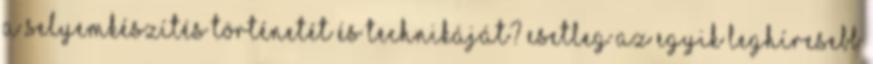
a selyemkészítés történetét és technikáját? Esetleg az egyik leghíresebb